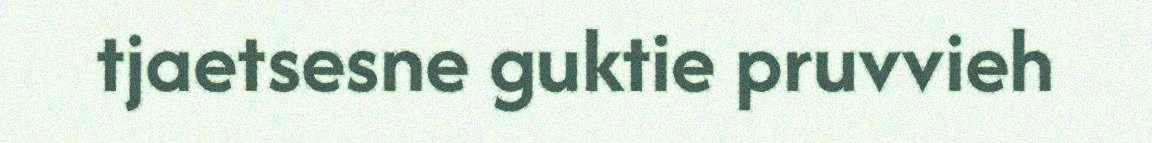
tjaetsesne guktie pruvvieh